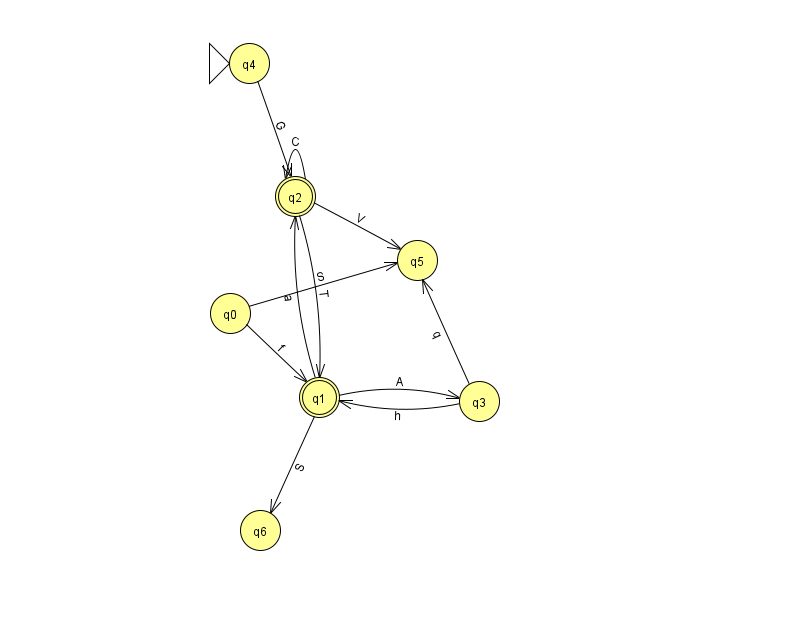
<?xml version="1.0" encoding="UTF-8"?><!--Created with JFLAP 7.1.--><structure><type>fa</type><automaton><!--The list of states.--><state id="0" name="q0"><x>230.0</x><y>300.0</y></state><state id="1" name="q1"><x>319.0</x><y>384.0</y><final/></state><state id="2" name="q2"><x>295.0</x><y>183.0</y><final/></state><state id="3" name="q3"><x>479.0</x><y>388.0</y></state><state id="4" name="q4"><x>249.0</x><y>50.0</y><initial/></state><state id="5" name="q5"><x>417.0</x><y>247.0</y></state><state id="6" name="q6"><x>260.0</x><y>517.0</y></state><!--The list of transitions.--><transition><from>2</from><to>2</to><read>C</read></transition><transition><from>2</from><to>5</to><read>V</read></transition><transition><from>1</from><to>6</to><read>S</read></transition><transition><from>3</from><to>5</to><read>q</read></transition><transition><from>4</from><to>2</to><read>G</read></transition><transition><from>0</from><to>5</to><read>S</read></transition><transition><from>3</from><to>1</to><read>h</read></transition><transition><from>0</from><to>1</to><read>f</read></transition><transition><from>1</from><to>2</to><read>a</read></transition><transition><from>1</from><to>3</to><read>A</read></transition><transition><from>2</from><to>1</to><read>T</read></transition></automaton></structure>